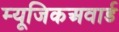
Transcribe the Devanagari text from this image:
म्यूजिकअवार्ड